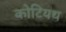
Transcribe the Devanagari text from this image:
कोटियथ